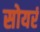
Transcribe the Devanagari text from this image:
सोयरं